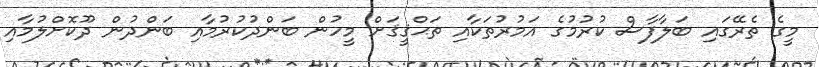
މީގެ ތެރޭގައި ބަލާފާސް ކުރުމުގެ އަމުރުތަކާއި ތަޙްޤީޤަށް މީހުން ބަންދުކުރުމާއި ބަންދުން ދޫކޮށްލުމާއި